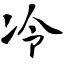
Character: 冷